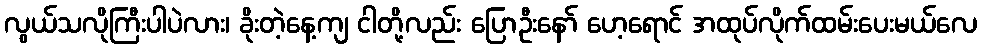
လွယ်သလိုကြီးပါပဲလား၊ ခိုးတဲ့နေ့ကျ ငါတို့လည်း ပြောဦးနော် ဟေ့ရောင် အထုပ်လိုက်ထမ်းပေးမယ်လေ